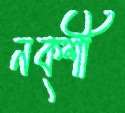
নক্শী